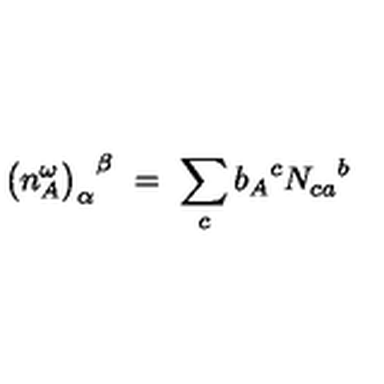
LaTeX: { \bigl ( n _ { A } ^ { \omega } \bigr ) _ { \alpha } } ^ { \beta } \ = \ \sum _ { c } { b _ { A } } ^ { c } { N _ { c a } } ^ { b }